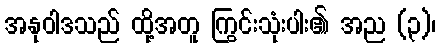
အနုဝါဒသည် ထို့အတူ ကြွင်းသုံးပါး၏ အည (၃)၊